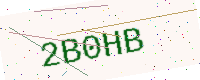
Text: 2B0HB